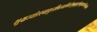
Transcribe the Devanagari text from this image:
शुभ्रज्योत्स्नापुलकितयामिनीम्फुल्लकुसुमितद्रुमदलशोभिनीम्सुहासिनीम्